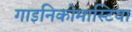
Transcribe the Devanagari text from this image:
गाइनिकोमास्टिया